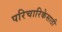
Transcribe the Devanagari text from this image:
परिचारिकेसाठी